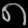
Digit: ၈